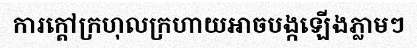
ការក្តៅក្រហុលក្រហាយអាចបង្កឡើងភ្លាមៗ